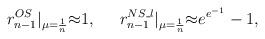
LaTeX: \begin{align*}r_{n-1}^{OS}|_{\mu=\frac{1}{n}}{\approx} 1, \;\;\;\;\; r_{n-1}^{NS\_l}|_{\mu=\frac{1}{n}} {\approx} e^{e^{-1}}-1,\end{align*}